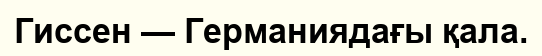
Гиссен — Германиядағы қала.